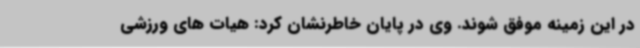
در این زمینه موفق شوند. وی در پایان خاطرنشان کرد: هیات های ورزشی